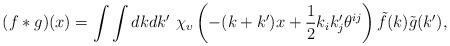
LaTeX: \begin{align*}(f\ast g)(x)=\int\int dk dk' \ \chi_\upsilon\left ( -(k+k')x+\frac 1 2k_ik'_j\theta^{ij}\right )\tilde f(k)\tilde g(k'),\end{align*}